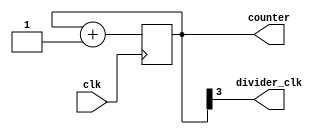
module johnson_counter_clock_divider (
    input wire clk,
    output wire divider_clk,
    output wire [3:0] counter
);

reg [3:0] counter_reg;

always @ (posedge clk) begin
    counter_reg <= counter_reg + 1;
end

assign counter = counter_reg;

assign divider_clk = counter_reg[3];

endmodule